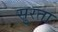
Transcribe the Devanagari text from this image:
सुरता